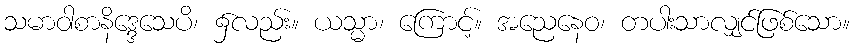
သမာဝါစာနိဒ္ဒေသေပိ၊ ၌လည်း။ ယသ္မာ၊ ကြောင့်။ အညေနေဝ၊ တပါးသာလျှင်ဖြစ်သော။